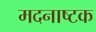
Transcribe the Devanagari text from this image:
मदनाष्टक